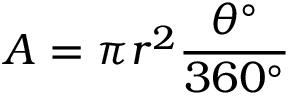
A = \pi r ^ { 2 } { \frac { \theta ^ { \circ } } { 3 6 0 ^ { \circ } } }